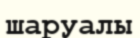
шаруалы